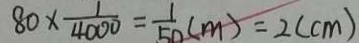
8 0 \times \frac { 1 } { 4 0 0 0 } = \frac { 1 } { 5 0 } ( m ) = 2 ( c m )